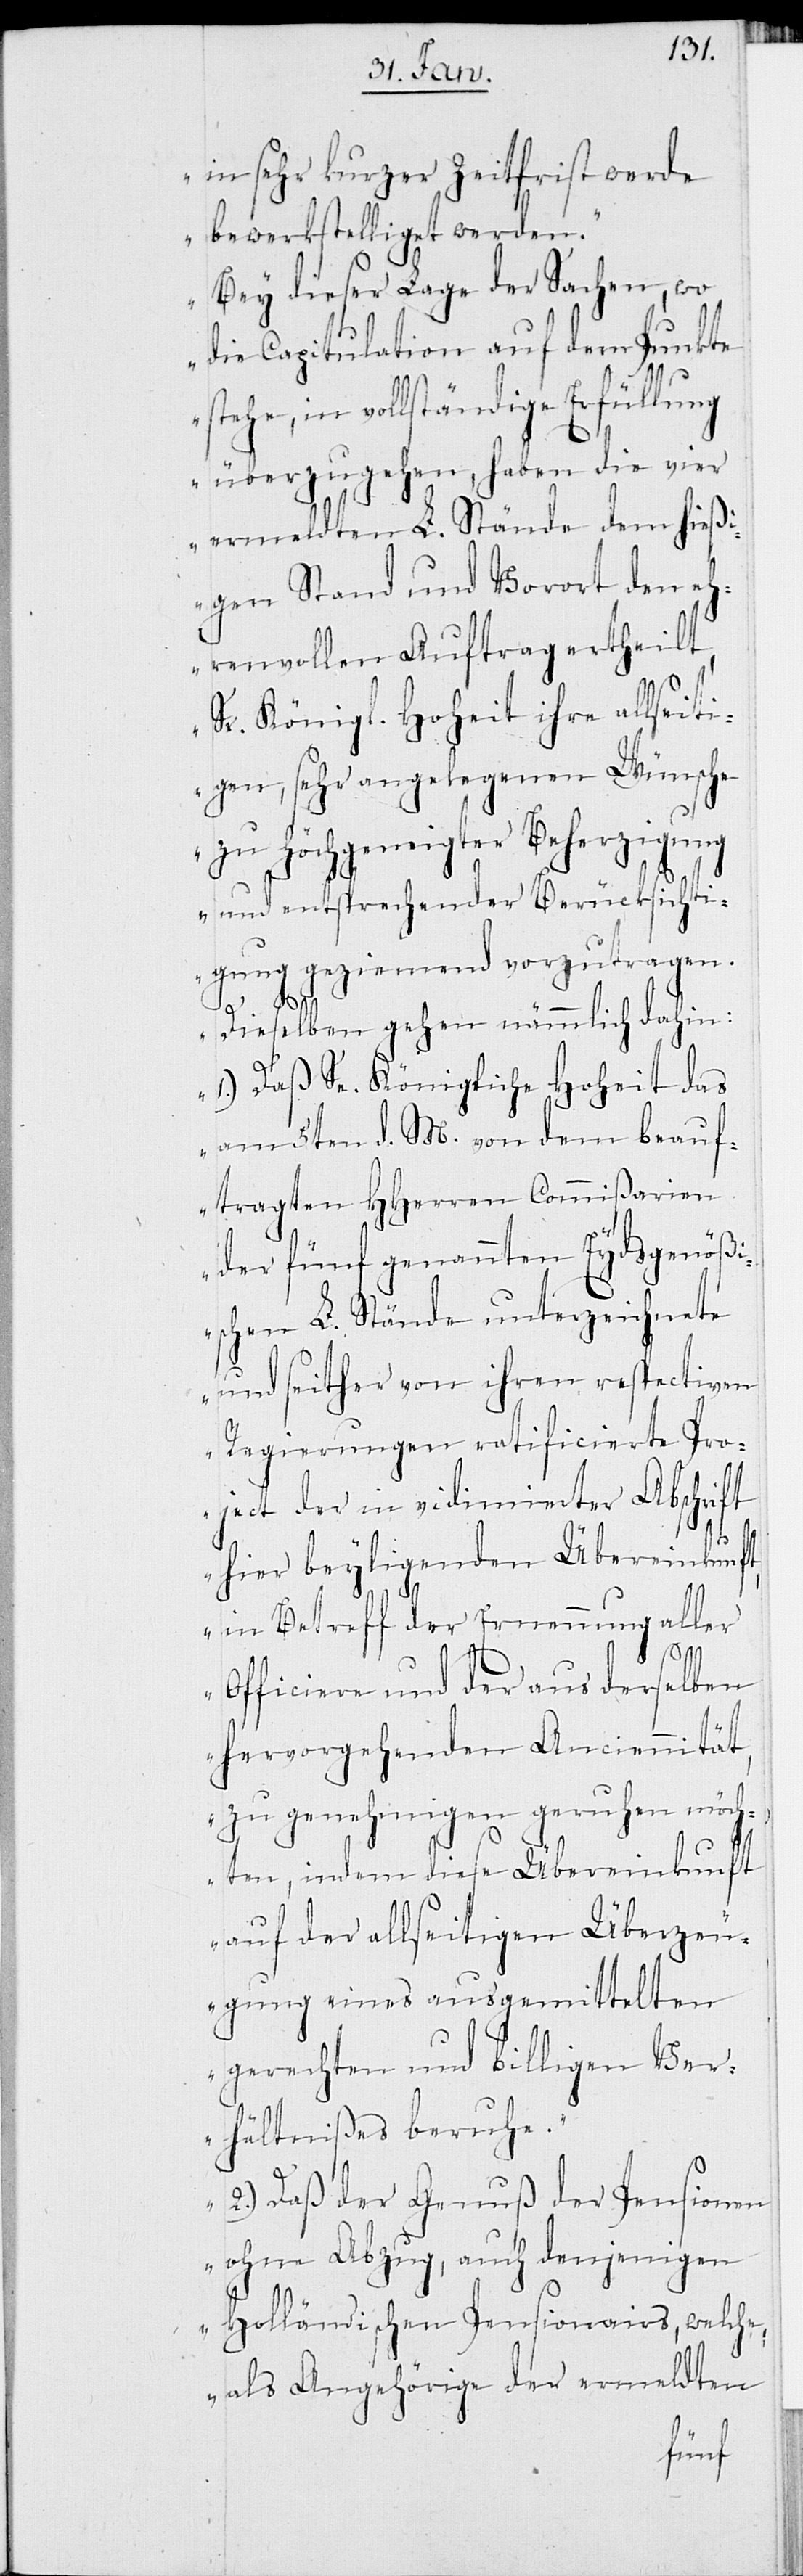
in sehr kurzer Zeitfrist werde
bewerkstelliget werden.
Bey dieser Lage der Sachen, wo
die Capitulation auf dem Punkte
stehe, in vollständige Erfüllung
überzugehen, haben die vier
ermeldten L. Stände dem hießi¬
gen Stand und Vorort den eh¬
renvollen Auftrag ertheilt,
Sr. Königl. Hoheit ihre allseiti¬
gen, sehr angelegenen Wünsche
zu Hochgeneigter Beherzigung
und entsprechender Berücksichti¬
gung geziemend vorzutragen.
Dieselben gehen nämmlich dahin:
1.) Daß Se. Königliche Hoheit das
am 5ten d. M. von dem beauf¬
tragten HHerren Commißarien
der fünf genannten Eydsgenößi¬
schen L. Stände unterzeichnete
und seither von ihren respectiven
Regierungen ratificierte Pro¬
ject der in vidimierter Abschrift
hier beyligenden Übereinkunft,
in Betreff der Ernennung aller
Officiere und der aus derselben
hervorgehenden Anciennität
zu genehmigen geruhen möch¬
ten, indem diese Übereinkunft
auf der allseitigen Überzeu¬
gung eines ausgemittelten
gerechten und billigen Ver¬
hältnißes beruhe.
2.) Daß der Genuß der Pensionen
ohne Abzug, auch denjenigen
Holländischen Pensionairs, welche,
als Angehörige der ermeldten